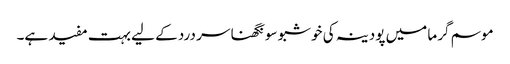
موسم گرما میں پودینہ کی خوشبو سونگھنا سر درد کے لیے بہت مفید ہے۔